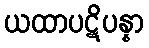
ယထာပဋိပန္နာ